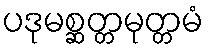
ပဒုမစ္ဆတ္တမုတ္တမံ